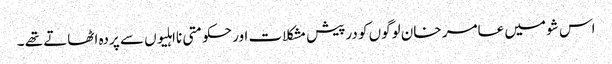
اس شو میں عامر خان لوگوں کو درپیش مشکلات اور حکومتی نااہلیوں سے پردہ اٹھاتے تھے ۔